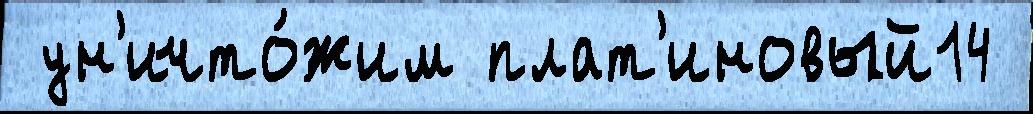
 ун'ичто́жим плат'иновый14